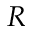
R